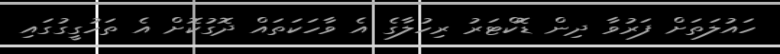
ހައުލަތަށް ފަރުވާ ދިން ޑޮކްޓަރު ރިހުލާގެ އެ ވާހަކަތައް ދޮގުކޮށް އެ ތަހުގީގުގައި